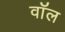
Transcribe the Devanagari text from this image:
वाॅल